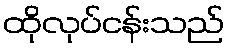
ထိုလုပ်ငန်းသည်